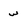
Character: w